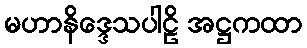
မဟာနိဒ္ဒေသပါဠိ အဋ္ဌကထာ